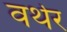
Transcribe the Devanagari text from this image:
वर्थर